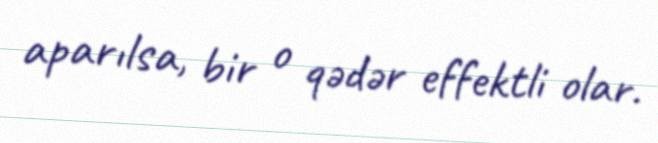
aparılsa, bir o qədər effektli olar.